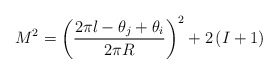
\begin{align*}M^{2}=\left( \frac{2\pi l-\theta _{j}+\theta _{i}}{2\pi R}\right)^{2}+2\left( I+1\right)\end{align*}